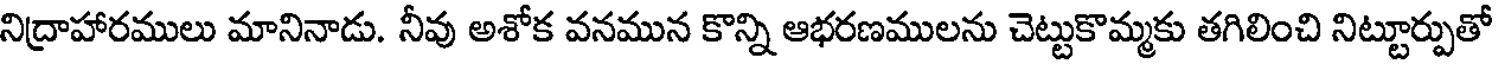
నిద్రాహారములు మానినాడు. నీవు అశోక వనమున కొన్ని ఆభరణములను చెట్టుకొమ్మకు తగిలించి నిట్టూర్పుతో